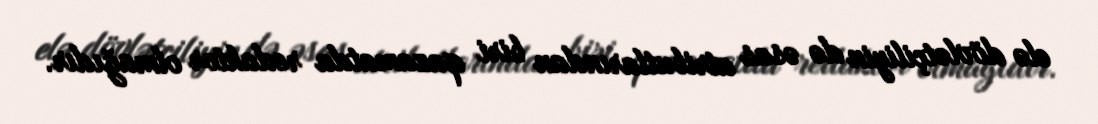
elə dövlətçiliyin də əsas atributlarından biri qazamatda redaktor olmağıdır.